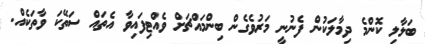
ބަލާލި ކޮންމެ ދިމާލަކުން ފެނުނީ މަރުވެގެން ބިންމައްޗަށް ވެއްޓިފައިވާ އެތައް ސަތޭކަ ވާތަކެއް.